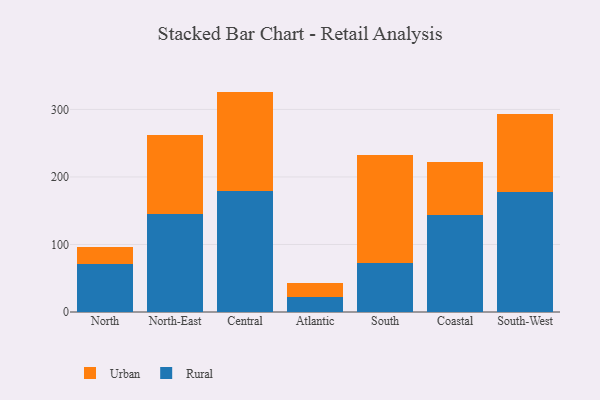
{"axis": {"x": "Region", "y": "Waste Production (Tons)"}, "legend": ["Rural", "Urban"], "data": [{"x": "North", "y": 71.3, "type": "Rural"}, {"x": "North", "y": 24.6, "type": "Urban"}, {"x": "North-East", "y": 145.6, "type": "Rural"}, {"x": "North-East", "y": 116.2, "type": "Urban"}, {"x": "Central", "y": 178.7, "type": "Rural"}, {"x": "Central", "y": 147.7, "type": "Urban"}, {"x": "Atlantic", "y": 22.6, "type": "Rural"}, {"x": "Atlantic", "y": 20.5, "type": "Urban"}, {"x": "South", "y": 73.1, "type": "Rural"}, {"x": "South", "y": 160.0, "type": "Urban"}, {"x": "Coastal", "y": 143.4, "type": "Rural"}, {"x": "Coastal", "y": 79.1, "type": "Urban"}, {"x": "South-West", "y": 177.6, "type": "Rural"}, {"x": "South-West", "y": 114.9, "type": "Urban"}]}